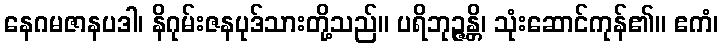
နေဂမဇာနပဒါ၊ နိဂုမ်းဇနပုဒ်သားတို့သည်။ ပရိဘုဉ္ဇန္တိ၊ သုံးဆောင်ကုန်၏။ ဧကံ၊